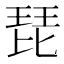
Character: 琵